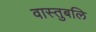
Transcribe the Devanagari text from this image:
वास्तुबलि